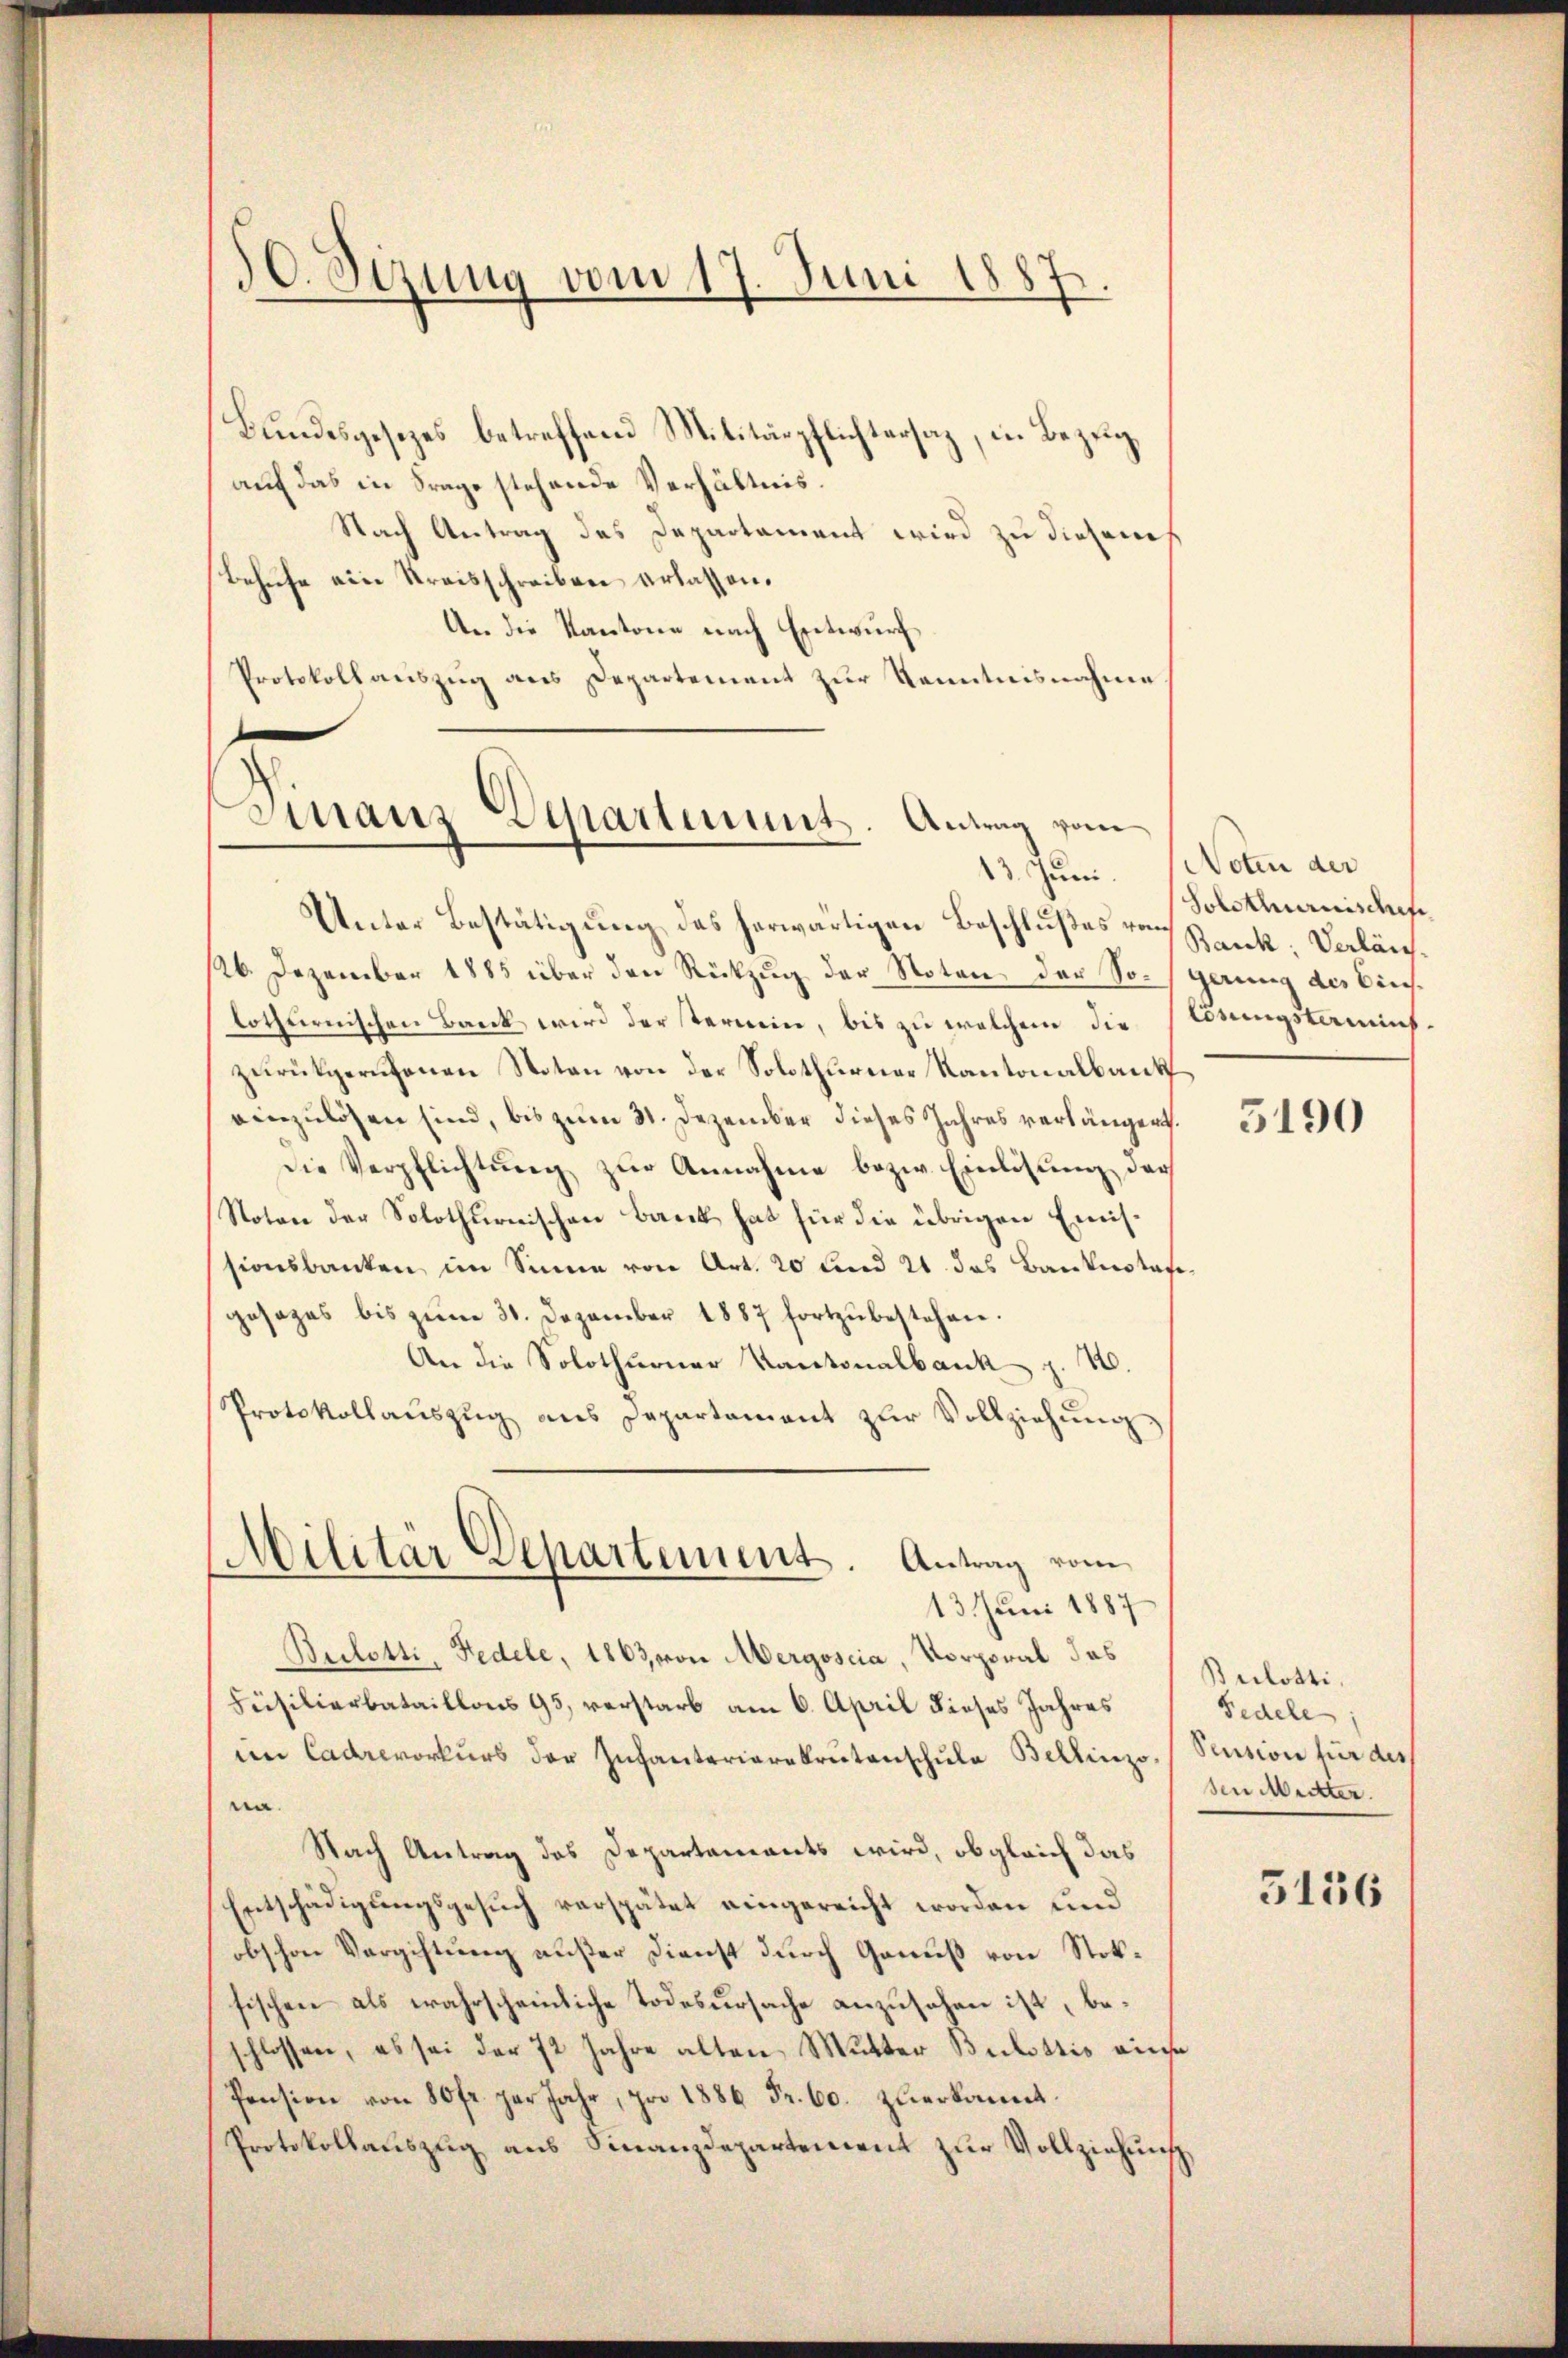
50. Sizung vom 17. Juni 1887.

Bundesgesezes betreffend Militärpflichtersaz, in Bezeugauf das in Frage stehende Verhältnis.
Nach Antrag des Departament wird zu diesenh
Behufe ein Kreisschreiben erlassen.
An die Kantone nach Entwurf
Protokollauszug aus Departement zur Kenntnisnahme

Finanz-Departement. Antrag vom

Unter Bestätigung des herwärtigen Beschlußes von Bank: Verläuf¬
126. Dezember 1885 über den Rückzug der Noten, der Sorgerung des Binslothurnischen Bank wird der Termin, bis zu welchem die Losungskamint.
zurükgerufenen Noten von der Solothurner Kantonalbaut
einzulösen sind, bis zŭm 31. Dezember dieses Jahres verlängert. 100
Die Verpflichtung zur Annahme bezw. Einlösung, das
Noton der Solothurnischen Bank hat für die übrigen Emissionsbanken im Sinne von Art. 20 und 21. das Banknotasgesages bis zŭm 31. Dezember 1887 fortzŭbestehen.
An die Solothurner Kantonalbank z. 1.
Protokollaŭszŭg ans Departement zŭr Vollziehŭng
Militär Departement. Antrag vom
13. Juni 1887
Buletti, Fedele, 1863 von Mergoscia, Vorporal das
Füsilierbataillons 95, verstarb am 6. April dieses Jahres
im Cadeorkurs der Infanterierekrutenschule Bellinzo, Pension für der
na.
Nach Antrag des Departements wird, obgleich das
Entschädigungsgesuch verspätet eingereicht worden und
obschon Vergiftung außer Dienst durch Genuß von Stoksischen als wahrscheinliche Todesursache anzusehen ist, beschlossen, es sei der 72 Jahre alten Mutter Bulottis eine
Pension von 80fr. per Jahr, pro 1886 Fr. 60. zuerkannt.
Protokollauszug aus Finanzdepartement zur Vollziehung,

13. Juni. Noten der
Solothurnischef

Builotti,
Fedele
sen Mutter.
5116